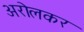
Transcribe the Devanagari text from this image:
अरोलकर